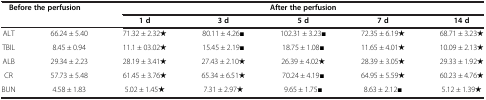
| <ROWSPAN=2-COLSPAN=2> Before the perfusion | <COLSPAN=5> After the perfusion |
 | 1 d | 3 d | 5 d | 7 d | 14 d |
 | --- | --- | --- | --- | --- | --- | --- |
 | ALT | 66.24 ± 5.40 | 71.32 ± 2.32★ | 80.11 ± 4.26■ | 102.31 ± 3.23■ | 72.35 ± 6.19★ | 68.71 ± 3.23★ |
 | TBIL | 8.45 ± 0.94 | 11.1 ± 03.02★ | 15.45 ± 2.19■ | 18.75 ± 1.08■ | 11.65 ± 4.01★ | 10.09 ± 2.13★ |
 | ALB | 29.34 ± 2.23 | 28.19 ± 3.41★ | 27.43 ± 2.10★ | 26.39 ± 4.02★ | 28.39 ± 3.05★ | 29.33 ± 1.92★ |
 | CR | 57.73 ± 5.48 | 61.45 ± 3.76★ | 65.34 ± 6.51★ | 70.24 ± 4.19■ | 64.95 ± 5.59★ | 60.23 ± 4.76★ |
 | BUN | 4.58 ± 1.83 | 5.02 ± 1.45★ | 7.31 ± 2.97★ | 9.65 ± 1.75■ | 8.63 ± 2.12■ | 5.12 ± 1.39★ |